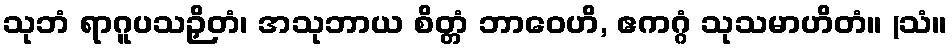
သုဘံ ရာဂူပသဉှိတံ၊ အသုဘာယ စိတ္တံ ဘာဝေဟိ, ဧကဂ္ဂံ သုသမာဟိတံ။ (သံ။